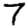
Digit: 7